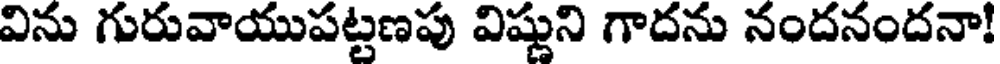
విను గురువాయుపట్టణపు విష్ణుని గాదను నందనందనా!